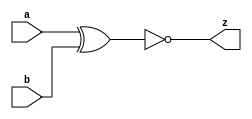
/*To design XNOR gate circuit*/
module xnorgate(a,b,z);
  input a,b;
  output z;
  assign z=~(a^b);
endmodule